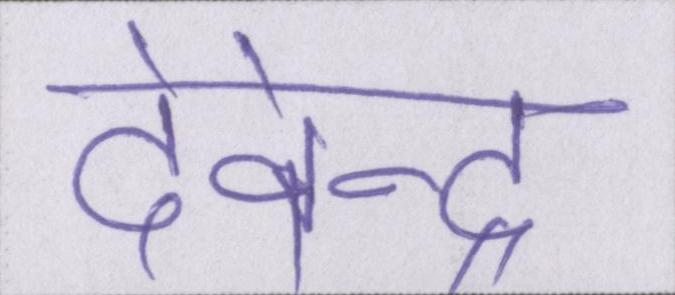
देवेन्द्र